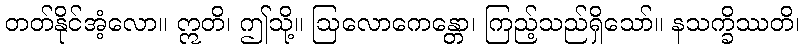
တတ်နိုင်အံ့လော။ ဣတိ၊ ဤသို့။ ဩလောကေန္တော၊ ကြည့်သည်ရှိသော်။ နသက္ခိဿတိ၊